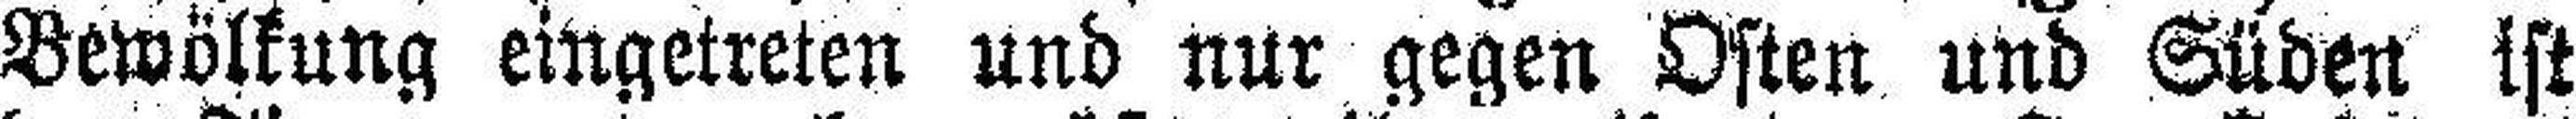
Bewölkung eingetreten und nur gegen Osten und Süden ist